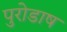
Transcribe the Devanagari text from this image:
पुरोडाष